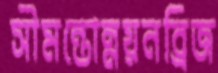
সীমন্তোন্নয়নব্রিজ